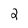
Character: 2